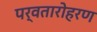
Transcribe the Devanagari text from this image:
पर्वतारोहरण